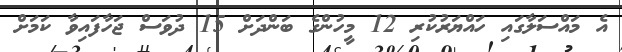
އެ މައްސަލާގައި ހައްޔަރުކުރި 12 މީހުންގެ ބަންދަށް 15 ދުވަސް ޖަހާފައިވާ ކަމަށް